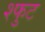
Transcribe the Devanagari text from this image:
श्फुट